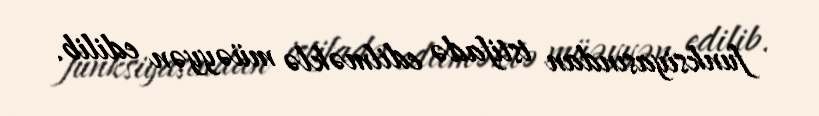
funksiyasından istifadə edilməklə müəyyən edilib.